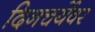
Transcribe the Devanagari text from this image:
दिनचर्येवर